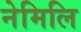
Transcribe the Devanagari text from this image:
नेमिलि